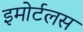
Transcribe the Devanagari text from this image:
इमोर्टलस